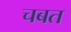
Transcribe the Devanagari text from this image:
चबत